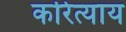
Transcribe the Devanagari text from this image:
करित्याय